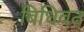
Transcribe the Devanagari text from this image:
बिधिवत